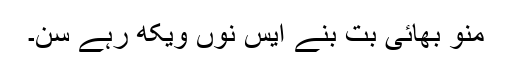
منو بھائی بت بنے ایس نوں ویکھ رہے سن۔